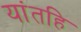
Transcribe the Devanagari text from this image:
यांतहि